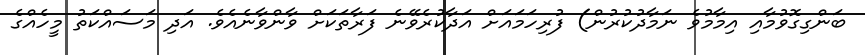
ބަންގިގޮވުމާއި އިމާމުވެ ނަމާދުކުރުން) ފުރިހަމައަށް އަދާކުރެވޭނެ ފަރާތަކަށް ވާންވާނެއެވެ. އަދި މަސައްކަތު މީހެއްގެ